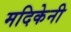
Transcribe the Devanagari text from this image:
मदिकेनी